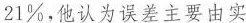
21\%，他认为误差主要由实